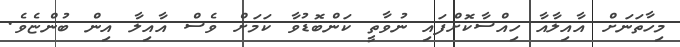
މިހާތަނަށް އާއިލާއާ ހިއްސާކޮށްފައި ނުވާތީ ކަންބޮޑުވާ ކަމަށް ވެސް އާއިލާ އިން ބުންޏެވެ.